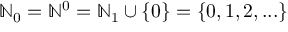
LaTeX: \mathbb { N } _ { 0 } = \mathbb { N } ^ { 0 } = \mathbb { N } _ { 1 } \cup \{ 0 \} = \{ 0 , 1 , 2 , . . . \}